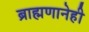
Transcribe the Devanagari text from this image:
ब्राह्मणानेही